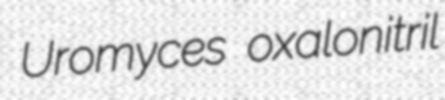
Uromyces oxalonitril